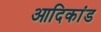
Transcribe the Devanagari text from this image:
आदिकांड